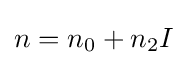
n=n_{0}+n_{2}I